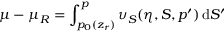
\mu - \mu _ { R } = \int _ { p _ { 0 } ( z _ { r } ) } ^ { p } \upsilon _ { S } ( \eta , S , p ^ { \prime } ) \, \mathrm { d } S ^ { \prime }